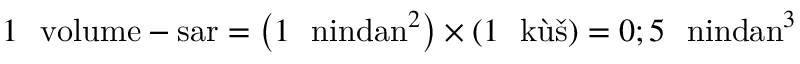
1 \ \mathrm { { \fontfamily { q p l } \selectfont ~ v o l u m e - s a r } \index { v o l u m e - s a r ~ ( c a p a c i t y ~ u n i t ) } } = \left( 1 \ \mathrm { { \fontfamily { q p l } \selectfont ~ n i n d a n } \index { n i n d a n ~ ( l e n g t h ~ u n i t ) } } ^ { 2 } \right) \times \left( 1 \ \mathrm { { \fontfamily { q p l } \selectfont ~ k \` { u } \v { s } } } \right) = 0 ; 5 \ \mathrm { { \fontfamily { q p l } \selectfont ~ n i n d a n } \index { n i n d a n ~ ( l e n g t h ~ u n i t ) } } ^ { 3 }